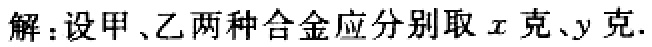
解：设甲、乙两种合金应分别取\(x\)克、\(y\)克.